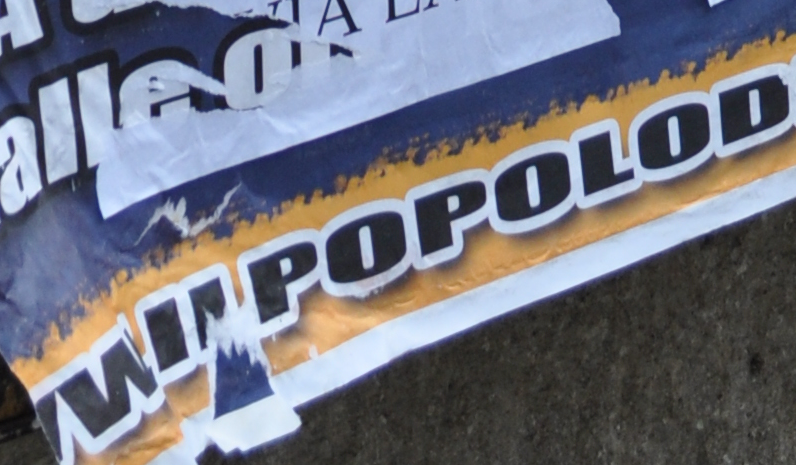
WIIPOPOLOD